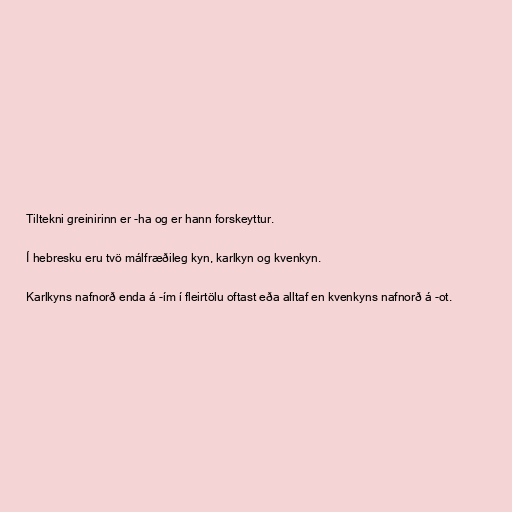
Tiltekni greinirinn er -ha og er hann forskeyttur.

Í hebresku eru tvö málfræðileg kyn, karlkyn og kvenkyn.

Karlkyns nafnorð enda á -ím í fleirtölu oftast eða alltaf en kvenkyns nafnorð á -ot.